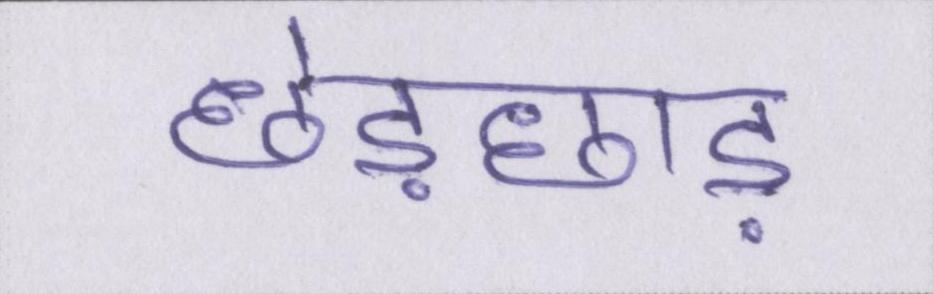
छेड़छाड़